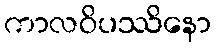
ကာလဝိပဿိနော